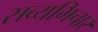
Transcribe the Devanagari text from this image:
सव्यभिचार